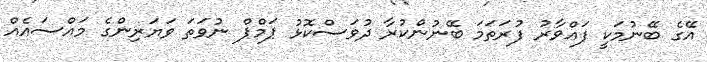
އޭގެ ބޭނުމަކީ ފައްވާރު ފުރަތަމަ ބޭނުންކުރާ ދުވަސްކޮޅު ޕަމްޕް ނުވަތަ ވަޔަރިންގެ މައްސައެއް